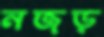
নজড়